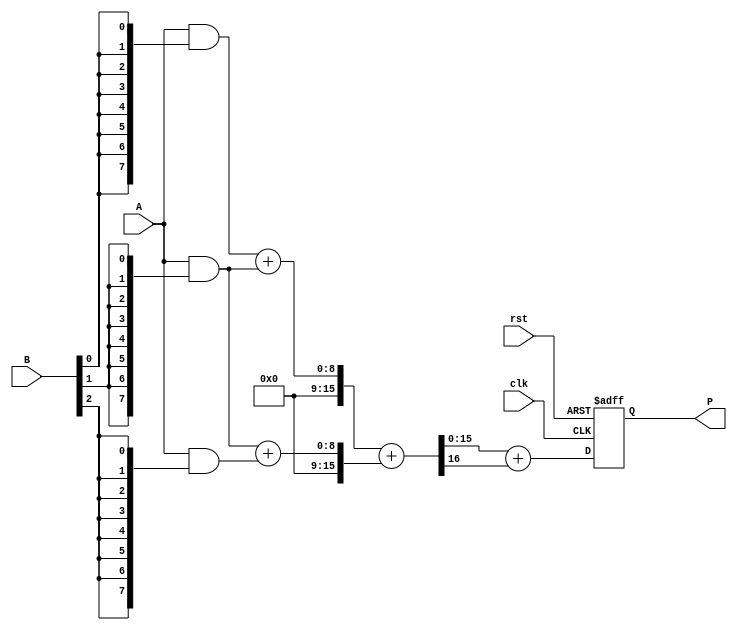
module wallace_tree_multiplier #(
    parameter A_WIDTH = 8, // Width of input A
    parameter B_WIDTH = 8  // Width of input B
)(
    input wire [A_WIDTH-1:0] A,
    input wire [B_WIDTH-1:0] B,
    input wire clk,
    input wire rst,
    output reg [A_WIDTH + B_WIDTH - 1:0] P
);

    // Partial products
    wire [A_WIDTH-1:0] pp[B_WIDTH-1:0]; // Partial products array

    // Generate partial products
    genvar i;
    generate
        for (i = 0; i < B_WIDTH; i = i + 1) begin : partial_product_gen
            assign pp[i] = A & {A_WIDTH{B[i]}};
        end
    endgenerate

    // Internal wires for Wallace tree reduction
    wire [A_WIDTH + B_WIDTH - 1:0] sum [0:2*A_WIDTH-1];
    wire [A_WIDTH + B_WIDTH - 1:0] carry [0:2*A_WIDTH-1];

    // Level 1: Combine partial products
    generate
        for (i = 0; i < B_WIDTH; i = i + 1) begin : wallace_level_1
            if (i < B_WIDTH - 1) begin
                // Full adders and half adders for reduction
                wire [A_WIDTH + B_WIDTH - 1:0] sum_out;
                wire [A_WIDTH + B_WIDTH - 1:0] carry_out;

                // Half adder for first pair
                assign {carry_out, sum_out} = pp[i] + pp[i + 1];
                assign sum[i] = sum_out;
                assign carry[i] = carry_out;
            end
        end
    endgenerate

    // Level 2 and Final Level: Continue reducing until we have one final sum
    // This portion can be expanded based on the number of levels required
    wire [A_WIDTH + B_WIDTH - 1:0] final_sum;
    wire [A_WIDTH + B_WIDTH - 1:0] final_carry;

    // Final addition of the last two sums
    assign {final_carry, final_sum} = sum[0] + sum[1];

    // Output generation
    always @(posedge clk or posedge rst) begin
        if (rst) begin
            P <= 0;
        end else begin
            P <= final_sum + final_carry; // Final product
        end
    end

endmodule